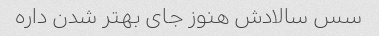
سس سالادش هنوز جای بهتر شدن داره